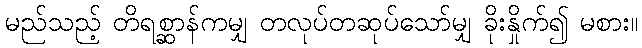
မည်သည့် တိရစ္ဆာန်ကမျှ တလုပ်တဆုပ်သော်မျှ ခိုးနှိုက်၍ မစား။